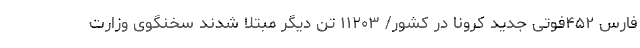
فارس ۴۵۲فوتی جدید کرونا در کشور/ ۱۱۲۰۳ تن دیگر مبتلا شدند سخنگوی وزارت